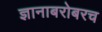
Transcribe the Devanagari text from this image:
ज्ञानाबरोबरच